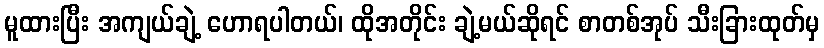
မူထားပြီး အကျယ်ချဲ့ ဟောရပါတယ်၊ ထိုအတိုင်း ချဲ့မယ်ဆိုရင် စာတစ်အုပ် သီးခြားထုတ်မှ